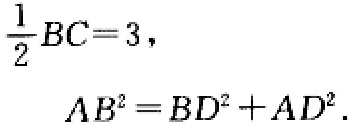
\(\frac{1}{2}BC = 3,\)
\(AB^{2}=BD^{2}+AD^{2}.\)